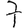
Digit: 7